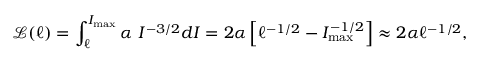
\mathcal { L } ( \ell ) = \int _ { \ell } ^ { I _ { \mathrm { m a x } } } \alpha ~ I ^ { - 3 / 2 } d I = 2 \alpha \left[ \ell ^ { - 1 / 2 } - I _ { \mathrm { m a x } } ^ { - 1 / 2 } \right] \approx 2 \alpha \ell ^ { - 1 / 2 } ,